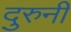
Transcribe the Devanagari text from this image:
दुरुनी